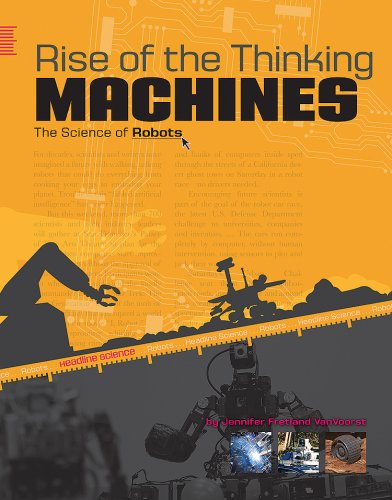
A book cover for Rise of the Thinking Machines: The Science of Robots (Headline Science); Fretland VanVoorst; Children's Books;